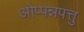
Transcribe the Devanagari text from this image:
ओप्पन्नपत्तु